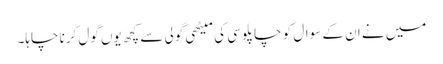
میں نے ان کے سوال کو چاپلوسی کی میٹھی گولی سے کچھ یوں گول کرنا چاہا۔